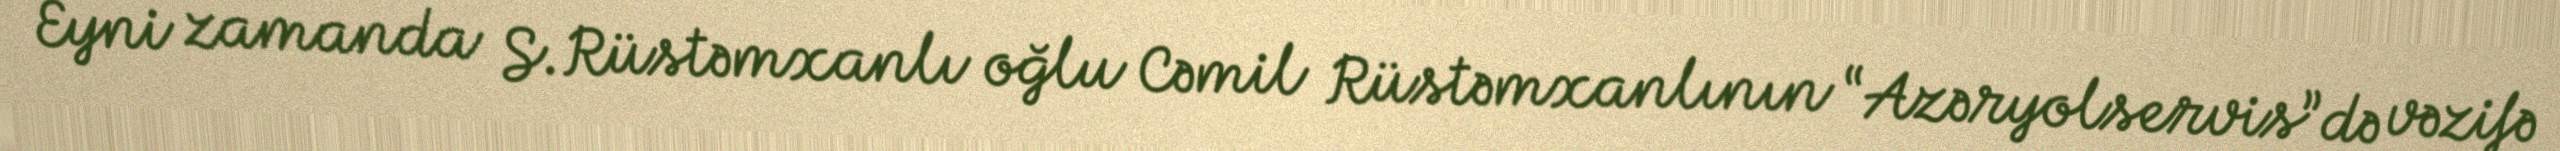
Eyni zamanda S.Rüstəmxanlı oğlu Cəmil Rüstəmxanlının “Azəryolservis”də vəzifə